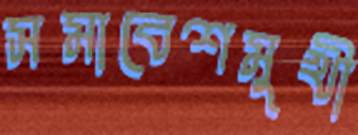
সমাবেশমুখী